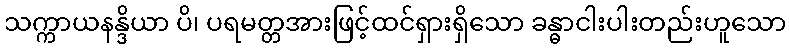
သက္ကာယနန္ဒိယာ ပိ၊ ပရမတ္တအားဖြင့်ထင်ရှားရှိသော ခန္ဓာငါးပါးတည်းဟူသော